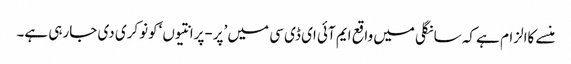
منسے کاالزام ہے کہ سانگلی میں واقع ایم آئی ای ڈی سی میں ’پر-پرانتیوں ‘کونوکری دی جارہی ہے۔